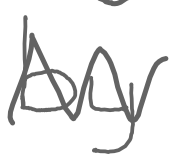
Text: by
Cross-out: zig-zag
Writing tool: digital_gray